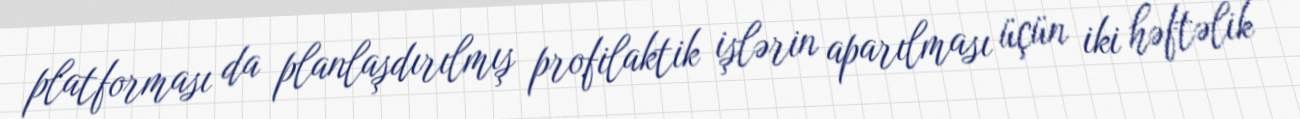
platforması da planlaşdırılmış profilaktik işlərin aparılması üçün iki həftəlik